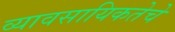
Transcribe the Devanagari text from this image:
व्यावसायिकतेचे